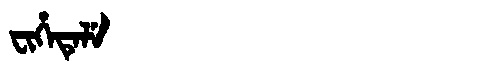
Manchu: ᠸᡳᡥᡝᡨᡝᠯᡝ
Romanization: FIHETELE